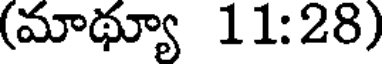
(మాథ్యూ 11:28)